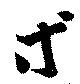
等